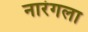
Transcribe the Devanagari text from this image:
नारंगला